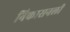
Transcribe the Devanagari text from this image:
निकासनली